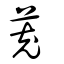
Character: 𦭼